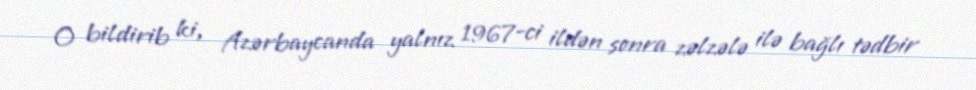
O bildirib ki, Azərbaycanda yalnız 1967-ci ildən sonra zəlzələ ilə bağlı tədbir